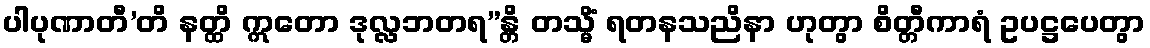
ပါပုဏာတီ’တိ နတ္ထိ ဣတော ဒုလ္လဘတရ”န္တိ တသ္မိံ ရတနသညိနာ ဟုတွာ စိတ္တီကာရံ ဥပဋ္ဌပေတွာ